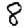
Digit: 8